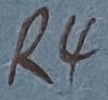
Text: R4